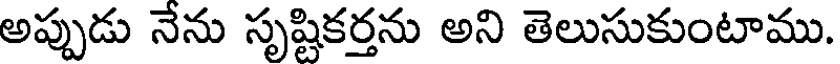
అప్పుడు నేను సృష్టికర్తను అని తెలుసుకుంటాము.